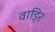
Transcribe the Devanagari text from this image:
वाड़िर